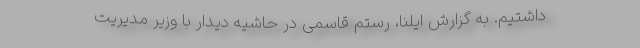
داشتیم. به گزارش ایلنا، رستم قاسمی در حاشیه دیدار با وزیر مدیریت